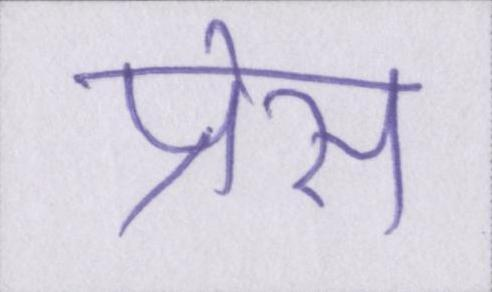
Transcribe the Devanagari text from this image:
प्रेस